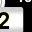
Digit: 2